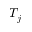
T _ { j }